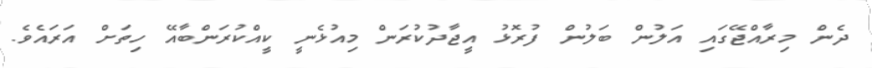
ދެން މިރާއްޖޭގައި އަލުން ބަލުން ފުރޮޅު އީޖާދުކުރަން މިއުޅެނީ ކީއްކުރަންބާއޭ ހިތަށް އަރައެވެ.